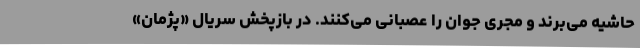
حاشیه می‌برند و مجری جوان را عصبانی می‌کنند. در بازپخش سریال «پژمان»